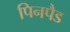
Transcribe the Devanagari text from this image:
पिनपैड